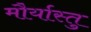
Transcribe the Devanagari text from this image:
मौर्यास्तु